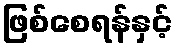
ဖြစ်စေရန်နှင့်